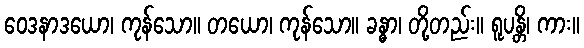
ဝေဒနာဒယော၊ ကုန်သော။ တယော၊ ကုန်သော။ ခန္ဓာ၊ တို့တည်း။ ရူပန္တိ၊ ကား။